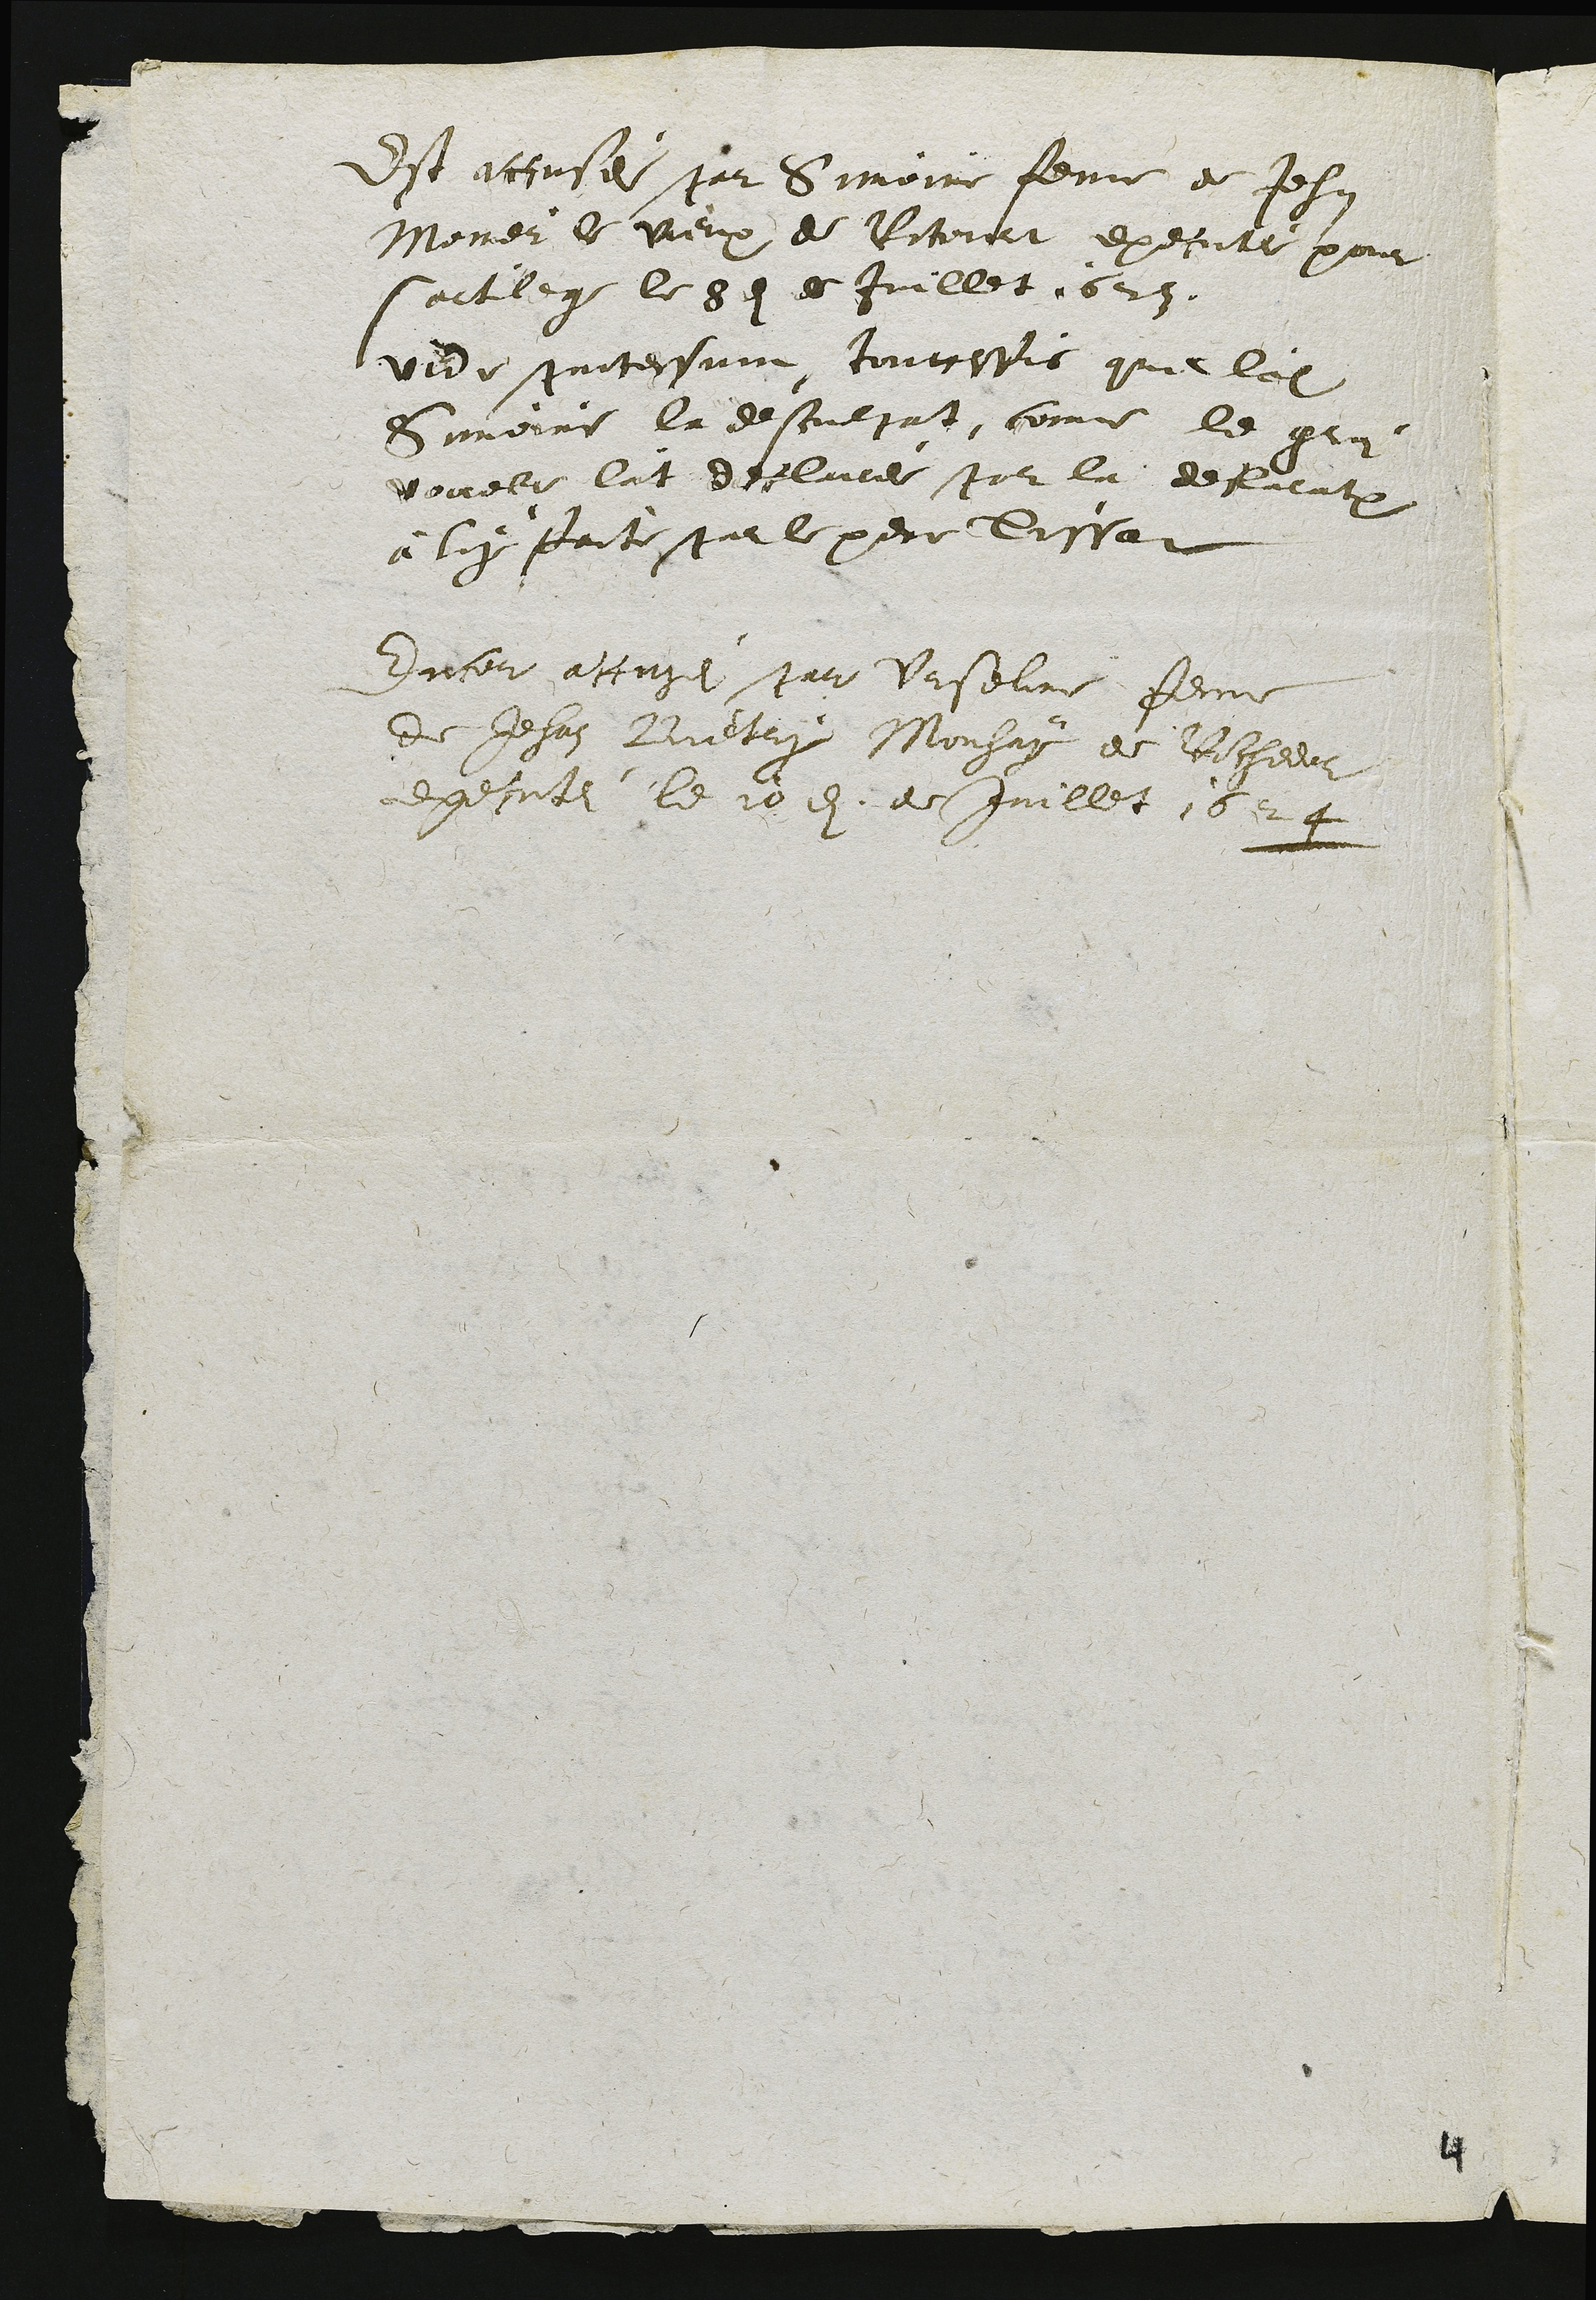
Est accusei par Simoire femme de Jehan
Moner le Pieux de Pitourt execute pour
sortilege le 8e de Juillet 1623.
vide protessune, touttesfis que leit
Suvoire la desculgat, comme le gra
vouelle lat declue par la decieutruy
à luy faite par le pere Tossat
Encor accasei par Urseline feme
de Jehan Buetry Mouhay de Rochedor
executei le 10e de Juillet 162 4

4